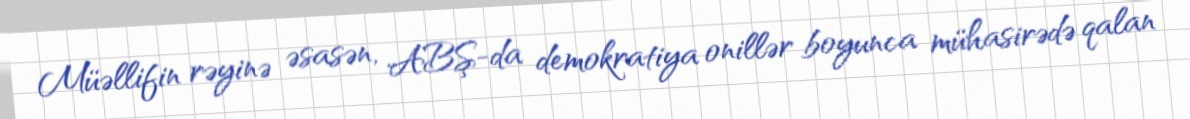
Müəllifin rəyinə əsasən, ABŞ-da demokratiya onillər boyunca mühasirədə qalan